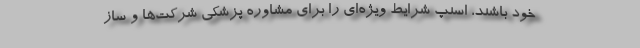
خود باشند، اسنپ‌ شرایط ویژه‌ای را برای مشاوره پزشکی شرکت‌ها و ساز